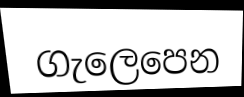
ගැලෙපෙන